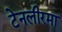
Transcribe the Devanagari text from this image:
टेनलीरमा